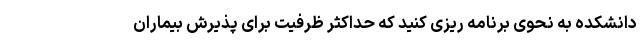
دانشکده به نحوی برنامه ریزی کنید که حداکثر ظرفیت برای پذیرش بیماران